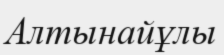
Алтынайұлы